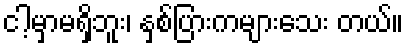
ငါ့မှာမရှိဘူး၊ နှစ်ပြားကများသေး တယ်။